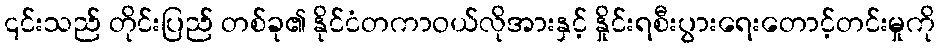
၎င်းသည် တိုင်းပြည် တစ်ခု၏ နိုင်ငံတကာဝယ်လိုအားနှင့် နှိုင်းရစီးပွားရေးတောင့်တင်းမှုကို